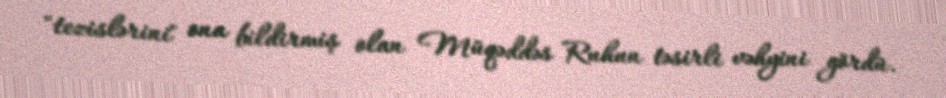
"tezislərini" ona bildirmiş olan Müqəddəs Ruhun təsirli vəhyini gördü.